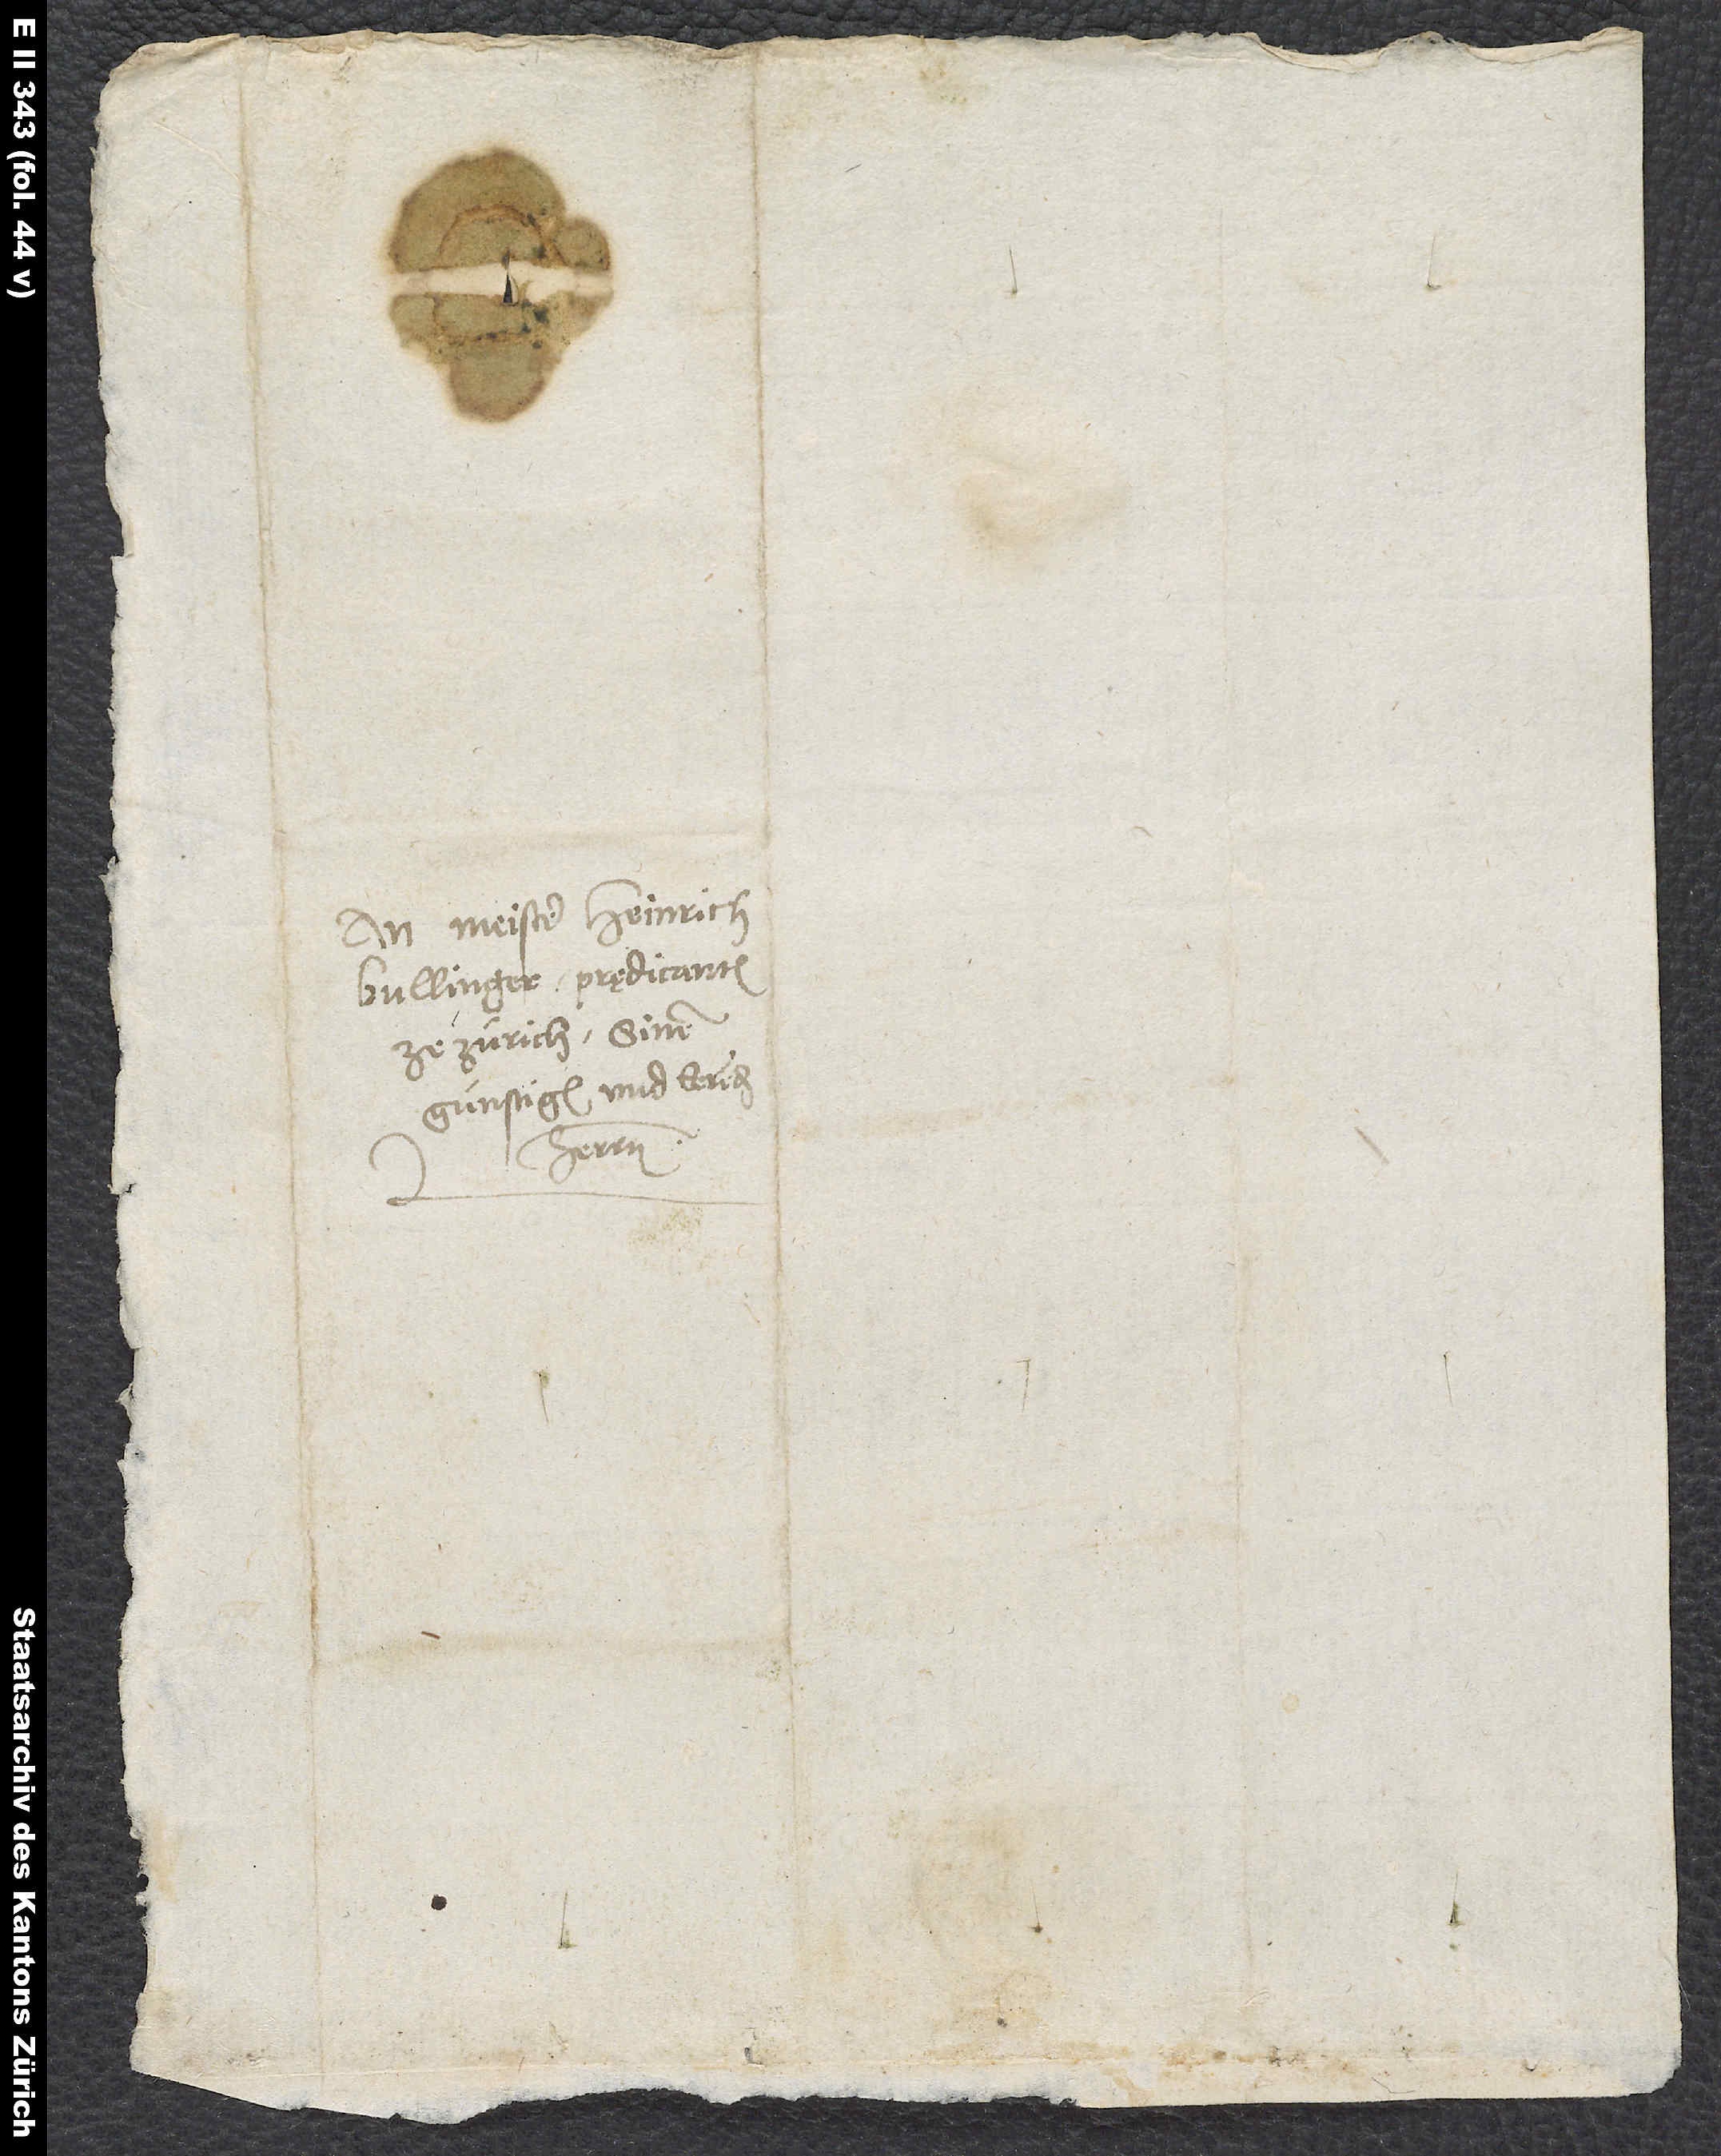
An Meister Heinrich
Bullinger, prędicanten
Zürich, sinem
günstigen und eerenden
herren.